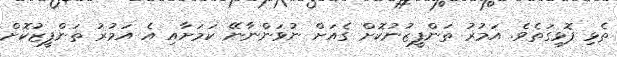
ތެޅި ފޮޅިގަތެވެ. އަމުރު ތަންފީޒުނުކޮށް ގެއަށް ނުވަންނާނޭ ކަމަށާއި އެ އަމުރު ތަންފީޒުކޮށް